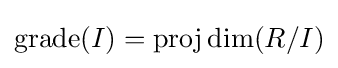
{\textrm {grade}}(I)={\textrm {proj}}\dim(R/I)